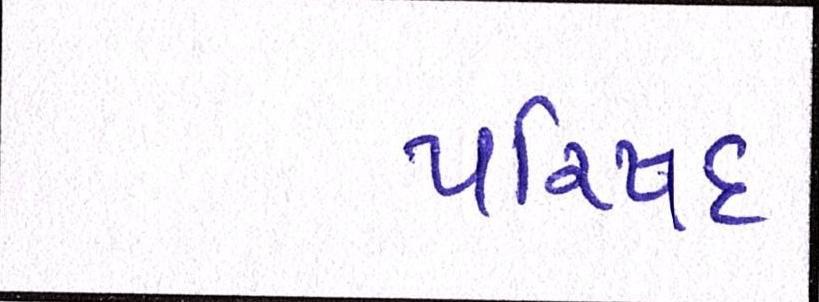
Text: પરિષદ